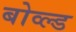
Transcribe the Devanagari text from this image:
बोव्ल्ड